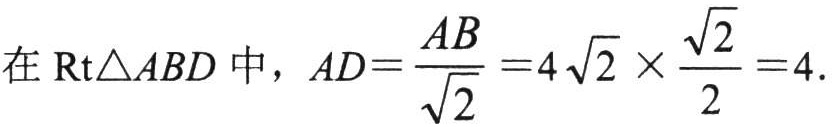
在$\text{Rt}\triangle ABD$中，$AD = \frac{AB}{\sqrt{2}} = 4\sqrt{2}\times\frac{\sqrt{2}}{2}=4$.